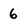
Character: 6